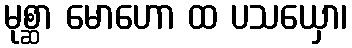
မုစ္ဆာ မောဟော ထ ပသယှော၊